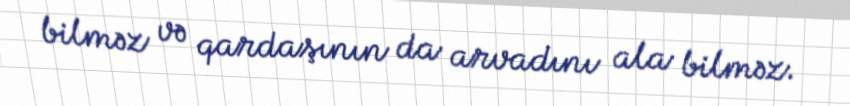
bilməz və qardaşının da arvadını ala bilməz.